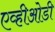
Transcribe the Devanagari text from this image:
एव्हीओडी